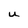
Character: u